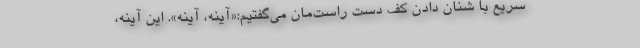
سریع با شنان دادن کف دست راست‌مان می‌گفتیم:«آینه، آینه». این آینه،